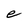
Character: e